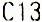
C13